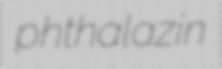
phthalazin